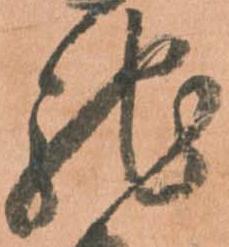
馳